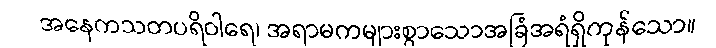
အနေကသတပရိဝါရေ၊ အရာမကများစွာသောအခြံအရံရှိကုန်သော။